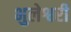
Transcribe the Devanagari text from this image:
भुलेश्वरी